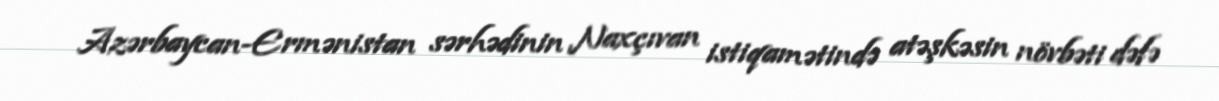
Azərbaycan-Ermənistan sərhədinin Naxçıvan istiqamətində atəşkəsin növbəti dəfə